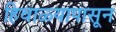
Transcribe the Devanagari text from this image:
हिवाळ्यापासून